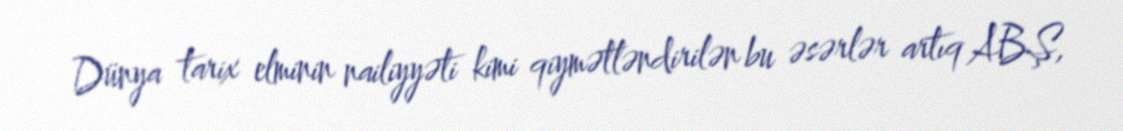
Dünya tarix elminin nailiyyəti kimi qiymətləndirilən bu əsərlər artıq ABŞ,